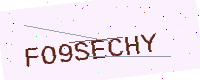
Text: FO9SECHY